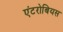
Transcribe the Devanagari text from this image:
एंटरोबियस